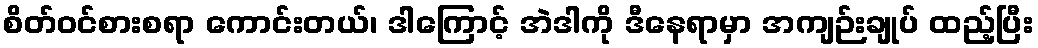
စိတ်ဝင်စားစရာ ကောင်းတယ်၊ ဒါကြောင့် အဲဒါကို ဒီနေရာမှာ အကျဉ်းချုပ် ထည့်ပြီး